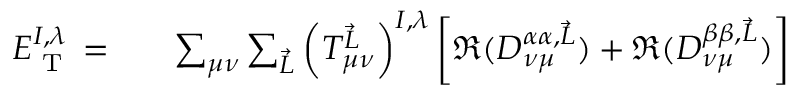
\begin{array} { r l } { E _ { \textrm { T } } ^ { I , \lambda } = } & { { } { \phantom { - } } \sum _ { \mu \nu } \sum _ { \vec { L } } \left( T _ { \mu \nu } ^ { \vec { L } } \right) ^ { I , \lambda } \left[ \Re ( D _ { \nu \mu } ^ { \alpha \alpha , \vec { L } } ) + \Re ( D _ { \nu \mu } ^ { \beta \beta , \vec { L } } ) \right] } \end{array}